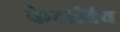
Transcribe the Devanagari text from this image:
केटोविच